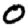
Digit: 0